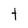
Character: t